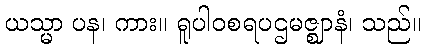
ယသ္မာ ပန၊ ကား။ ရူပါဝစရပဌမဇ္ဈာနံ၊ သည်။